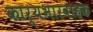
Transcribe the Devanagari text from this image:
कार्यभारवाहक